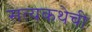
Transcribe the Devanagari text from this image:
सत्यकथेची